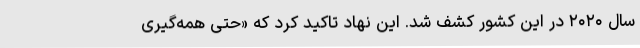
سال ۲۰۲۰ در این کشور کشف شد. این نهاد تاکید کرد که «حتی همه‌گیری